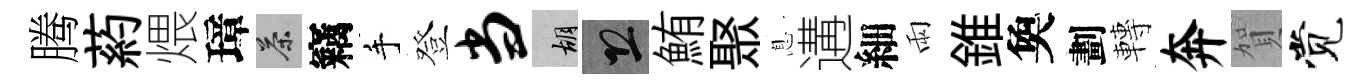
腾葯煨璋茶竊手登当胡恐鮪聚息遘細雨錐奐劃轉奔賀觉